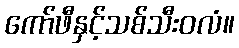
ကော်ဖီနှင့်သစ်သီးဝလံ။